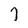
Character: 7